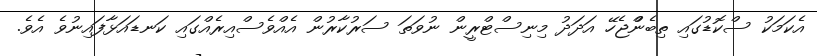
އެކަމަކު ސްކޮޑުގައި ތިބެންްޖެހޭ އަދަދު މިނިސްޓްރީން ނުވަތަ ސަރުކާރުން އެއްވެސްއިރެއްގައި ކަނޑައަޅާފައިނުވެ އެވެ.